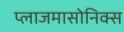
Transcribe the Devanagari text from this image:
प्लाजमासोनिक्स